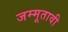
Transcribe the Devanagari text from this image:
जम्मूतावी